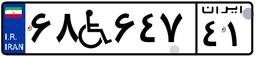
۶۸W۶۴۷۴۱